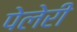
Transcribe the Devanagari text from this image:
पेलेरी